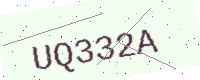
Text: UQ332A